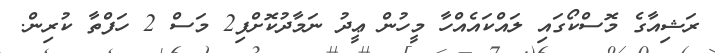
ރަޝިއާގެ މޮސްކޯގައި ލައްކައެއްހާ މީހުން ޢީދު ނަމާދުކޮށްފި2 މަސް 2 ހަފްތާ ކުރިން.